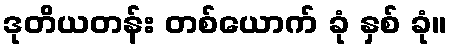
ဒုတိယတန်း တစ်ယောက် ခုံ နှစ် ခုံ။